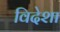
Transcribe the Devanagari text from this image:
विदेशा